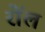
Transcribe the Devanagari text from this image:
रोंल